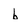
Character: b